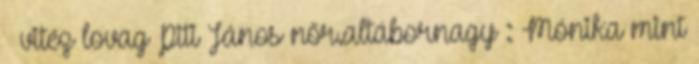
– vitéz lovag Piti János nőr.altábornagy : Mónika mint